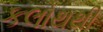
કલોથથી